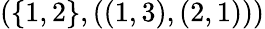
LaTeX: (\{ 1,2\} ,((1,3),(2,1)))